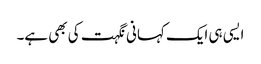
ایسی ہی ایک کہانی نگہت کی بھی ہے۔